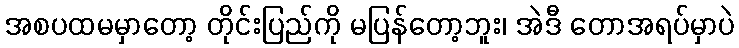
အစပထမမှာတော့ တိုင်းပြည်ကို မပြန်တော့ဘူး၊ အဲဒီ တောအရပ်မှာပဲ